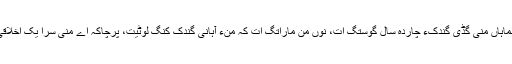
پرچاکہ گوں ہماہاں منی گُڈّی گِندُکءَ چاردہ سال گوستگ اَت، نوں من ماراِتگ ات کہ منءَ آہانی گِندُک کنَگ لوٹیت، پرچاکہ اے منی سرا یک اخلاقی فرضے اَت۔